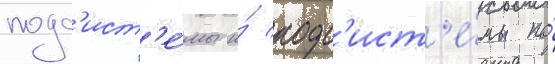
подс'ист'е́мы и́ подс'ист'е́мы по́